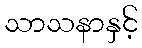
သာသနာနှင့်